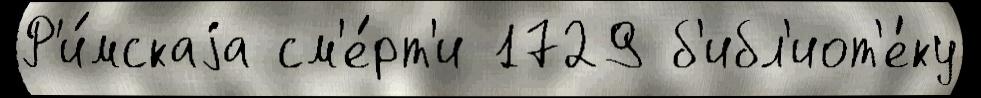
Р'и́мскаjа см'е́рт'и 1729 б'ибл'иот'е́ку